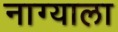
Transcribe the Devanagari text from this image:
नाग्याला